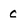
Character: c